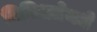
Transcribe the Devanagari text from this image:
विविधतेमधे